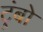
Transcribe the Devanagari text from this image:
ट्रंबो